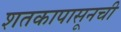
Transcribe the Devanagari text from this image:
शतकापासूनची